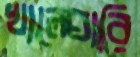
খালেঘারি